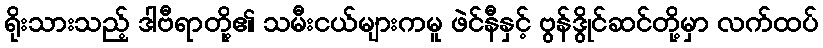
ရိုးသားသည့် ဒါဗီရာတို့၏ သမီးငယ်များကမူ ဖဲင်နီနှင့် ဗွန်ဒွိုင်ဆင်တို့မှာ လက်ထပ်